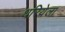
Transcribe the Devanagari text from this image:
धरियेला